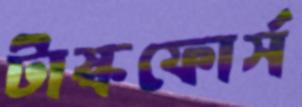
টাস্কফোর্স